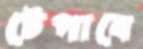
টেপাবে